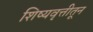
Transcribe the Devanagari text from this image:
शिष्यवृत्तीतून